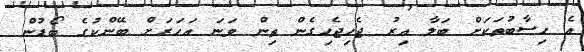
އެ ހިސާބުތަކަށް ބަލާ އިރު ޖެހިޖެހިގެން ތިން ވަނަ އަހަރަށް ބޭންކުގެ ބޯޑުން